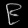
Digit: ၉